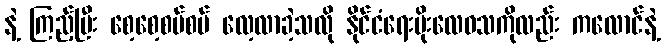
နဲ့ ကြည့်ပြီး စေ့စေ့စပ်စပ် လေ့လာခဲ့သလို နိုင်ငံရေးမိုးလေဝသကိုလည်း ကလောင်နဲ့